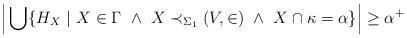
LaTeX: \begin{align*}\Big| \bigcup \{ H_X \ | \ X \in \Gamma \ \wedge \ X \prec_{\Sigma_1} (V,\in) \ \wedge \ X \cap \kappa = \alpha \} \Big| \ge \alpha^+\end{align*}